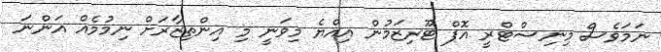
ނަމަވެސް މިނިސްޓްރީ އޮފް ޓޫރިޒަމުން އިއްޔެ މިވަނީ މި އިންތިޒާރަށް ނިމުމެއް އަންނަ